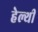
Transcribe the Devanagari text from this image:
हेल्थी